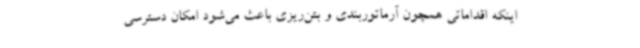
اینکه اقداماتی همچون آرماتوربندی و بتن‌ریزی باعث می‌شود امکان دسترسی